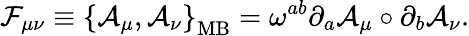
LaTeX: {\mathcal{F}}_{\mu\nu}\equiv\left\{ {\mathcal{A}}_{\mu},{\mathcal{A}}_{\nu}\right\} _{\mathrm{MB}}=\omega^{ab}\partial_{a}{\mathcal{A}}_{\mu}\circ\partial_{b}{\mathcal{A}}_{\nu}.